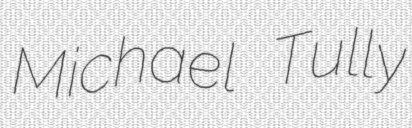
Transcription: Michael Tully